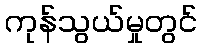
ကုန်သွယ်မှုတွင်